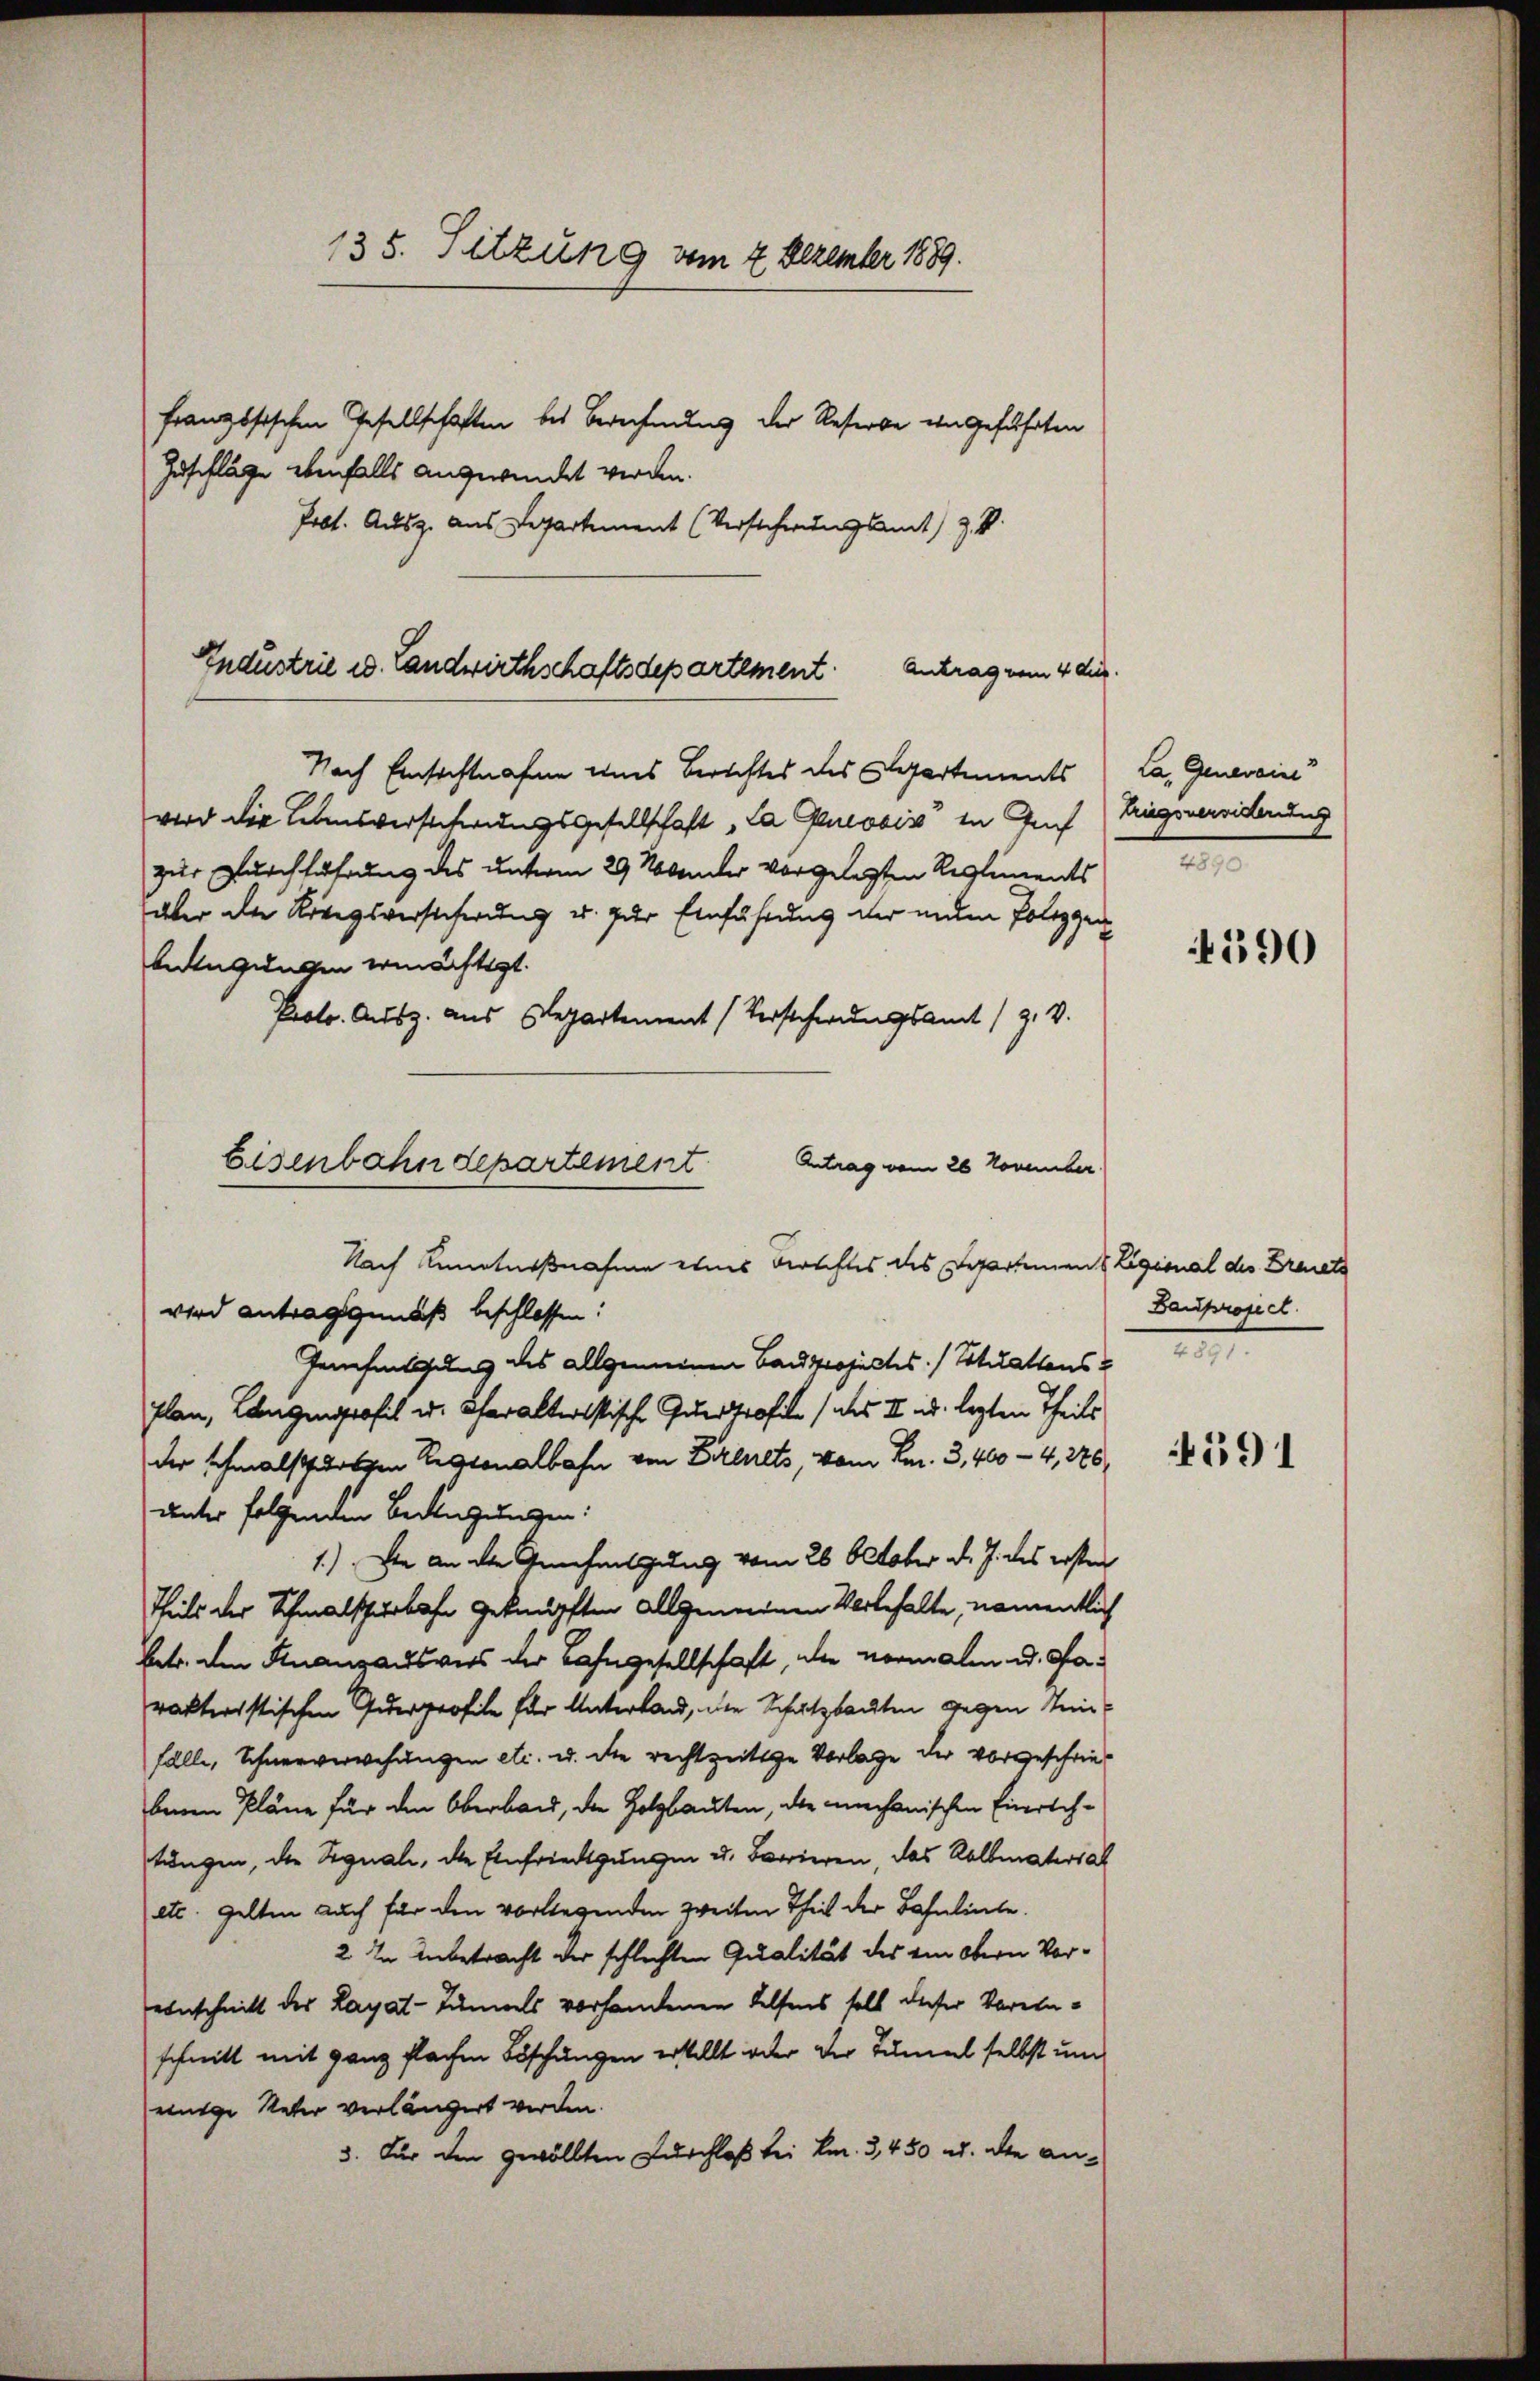
135. Sitzung vom 7. Dezember 1889.

französischen Gesellschaften bei Berechnung der Reserbe eingeführten
Zuschläge ebenfalls angewindet werden.
Prbt. Ausz. aus Departement (Versicherungsamt) Z. V.
Nach Einsichtnahme eines Berichtes des Departements
wird die Lebensversteherungsgesellschaft „La Genosis in Gef
zur Durchführung des unterm 29 Novender vorgelegten Reglements
aber die Riegsversicherung u. zur Einführung der nie Polizei
beügungen ermächtigt.
Proto. Ausz. aus Departement (Versicherungsamt (z. V.
Nach Kenntnißnahme etwas Berechtes des Departement Ligional des Dreits
wird antragsgemäß beschlossen:
Genfessung des allgemeinen Bandsprojectes / Votilattens 489
Plan, Langenprofil u. Charakteristische Guerprofile (des II. u. lezten Theils
der schmalsthalten Regionalbahn von Bienets, vom kn. 3, 400 - 4, 176
unter folgenden Bedingungen:
1.) Die an die Genehmigung vom 26. October d. J. des ersten
Theils der Schmalschurbahn geknüpften allgemeinen Verbehalte, namentlich
betr. den Finanzausvers der Bahngesellschaft, der normalen u. Parakteristischen Querprofile für Unterland, die Schutzbauten gegen Uni
fälle, Schneeverwehungen etc. u. die rechtzeitige Vorlage der vorgeschriebenen Pläne für den Oberband, die Holzbauten, die mechanischen Einrichtungen, die Signali, die Einfriedigungen u. Bavieren, das Kalbmaterial
etc. gelten auch für den vorliegenden zweiten Theil der Bahnlinte
2. In Anbetracht der schlechten Qualität des ein Obern Voreinschnitt der Layat-Tümpels vorhandenen Helfens soll dieser Vereinschnitt mit ganz flachen Böschungen erstellt oder der Tumel selbst un
einige Veter verlängert werden.
3. Für den gewollten Durchlaß bei km. 3, 450 u. die an¬

Industrie u. Landwirthschaftsdepartement. Antrag vom 4 der

Eisenbahndepartement
Antrag vom 26 November

La, Generein
triegsverwiderung
2

390

Bauproject.

591